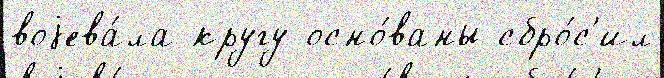
воjева́ла кругу осно́ваны сбро́с'ил